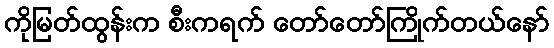
ကိုမြတ်ထွန်းက စီးကရက် တော်တော်ကြိုက်တယ်နော်